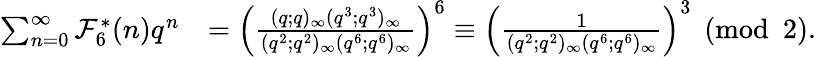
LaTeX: \begin{array}{rl}{\sum_{n=0}^{\infty}\mathcal{F}_{6}^{*}(n)q^{n}}&{=\left(\frac{(q;q)_{\infty}(q^{3};q^{3})_{\infty}}{(q^{2};q^{2})_{\infty}(q^{6};q^{6})_{\infty}}\right)^{6}\equiv\left(\frac{1}{(q^{2};q^{2})_{\infty}(q^{6};q^{6})_{\infty}}\right)^{3}\pmod 2.}\end{array}